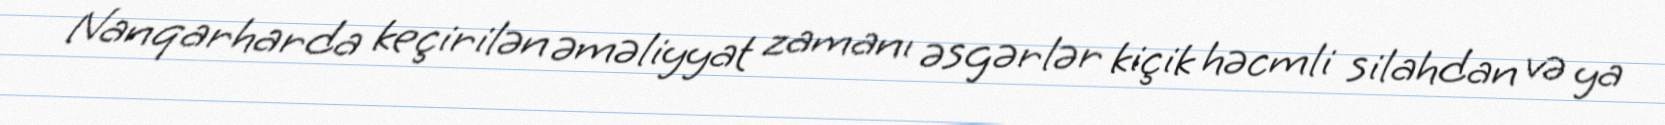
Nanqarharda keçirilən əməliyyat zamanı əsgərlər kiçik həcmli silahdan və ya